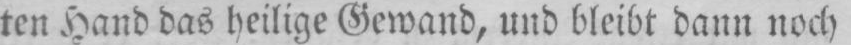
ten Hand das heilige Gewand, und bleibt dann noch